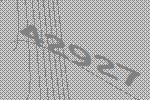
42927